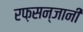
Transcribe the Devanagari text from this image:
रफ़सन्जानी